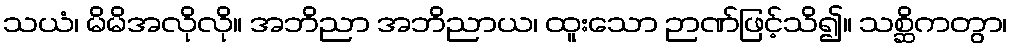
သယံ၊ မိမိအလိုလို။ အဘိညာ အဘိညာယ၊ ထူးသော ဉာဏ်ဖြင့်သိ၍။ သစ္ဆိကတွာ၊